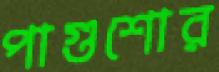
পাগুশোর